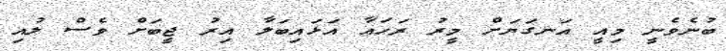
ބުނެވެނީ މިއީ އަނގަޔަށް މީރު ރަހައާ އަޅައިބަލާ އިރު ޖީބަށް ވެސް ލުއި